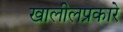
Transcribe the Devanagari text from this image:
खालीलप्रकारे